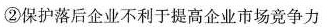
②保护落后企业不利于提高企业市场竞争力